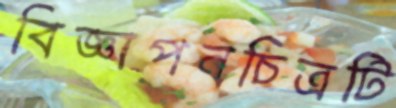
বিজ্ঞাপনচিত্রটি